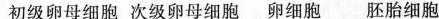
初级卵母细胞 次级卵母细胞 卵细胞 胚胎细胞